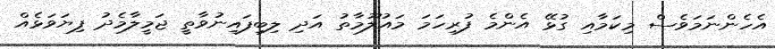
އެހެންނަމަވެސް މިކަމާއި ގުޅޭ އެންމެ ފުރިހަމަ މައުލޫމާތު އަދި ލިބިފައިނުވާތީ ޖަމީލާމެދު ފިޔަވަޅެއް